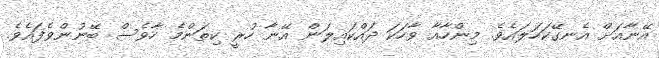
އޭނާއަށް އެނގޭކަހަލައެވެ. މިންހާއާ ވާހަކަ ދައްކައިލަން އޭނާ ހުރީ ކިތަންމެ ހާވެސް ބޭނުންވެފައެވެ.